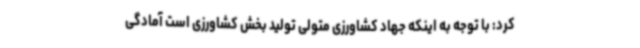
کرد: با توجه به اینکه جهاد کشاورزی متولی تولید بخش کشاورزی است آمادگی